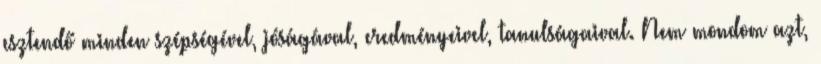
esztendő minden szépségével, jóságával, eredményeivel, tanulságaival. Nem mondom azt,